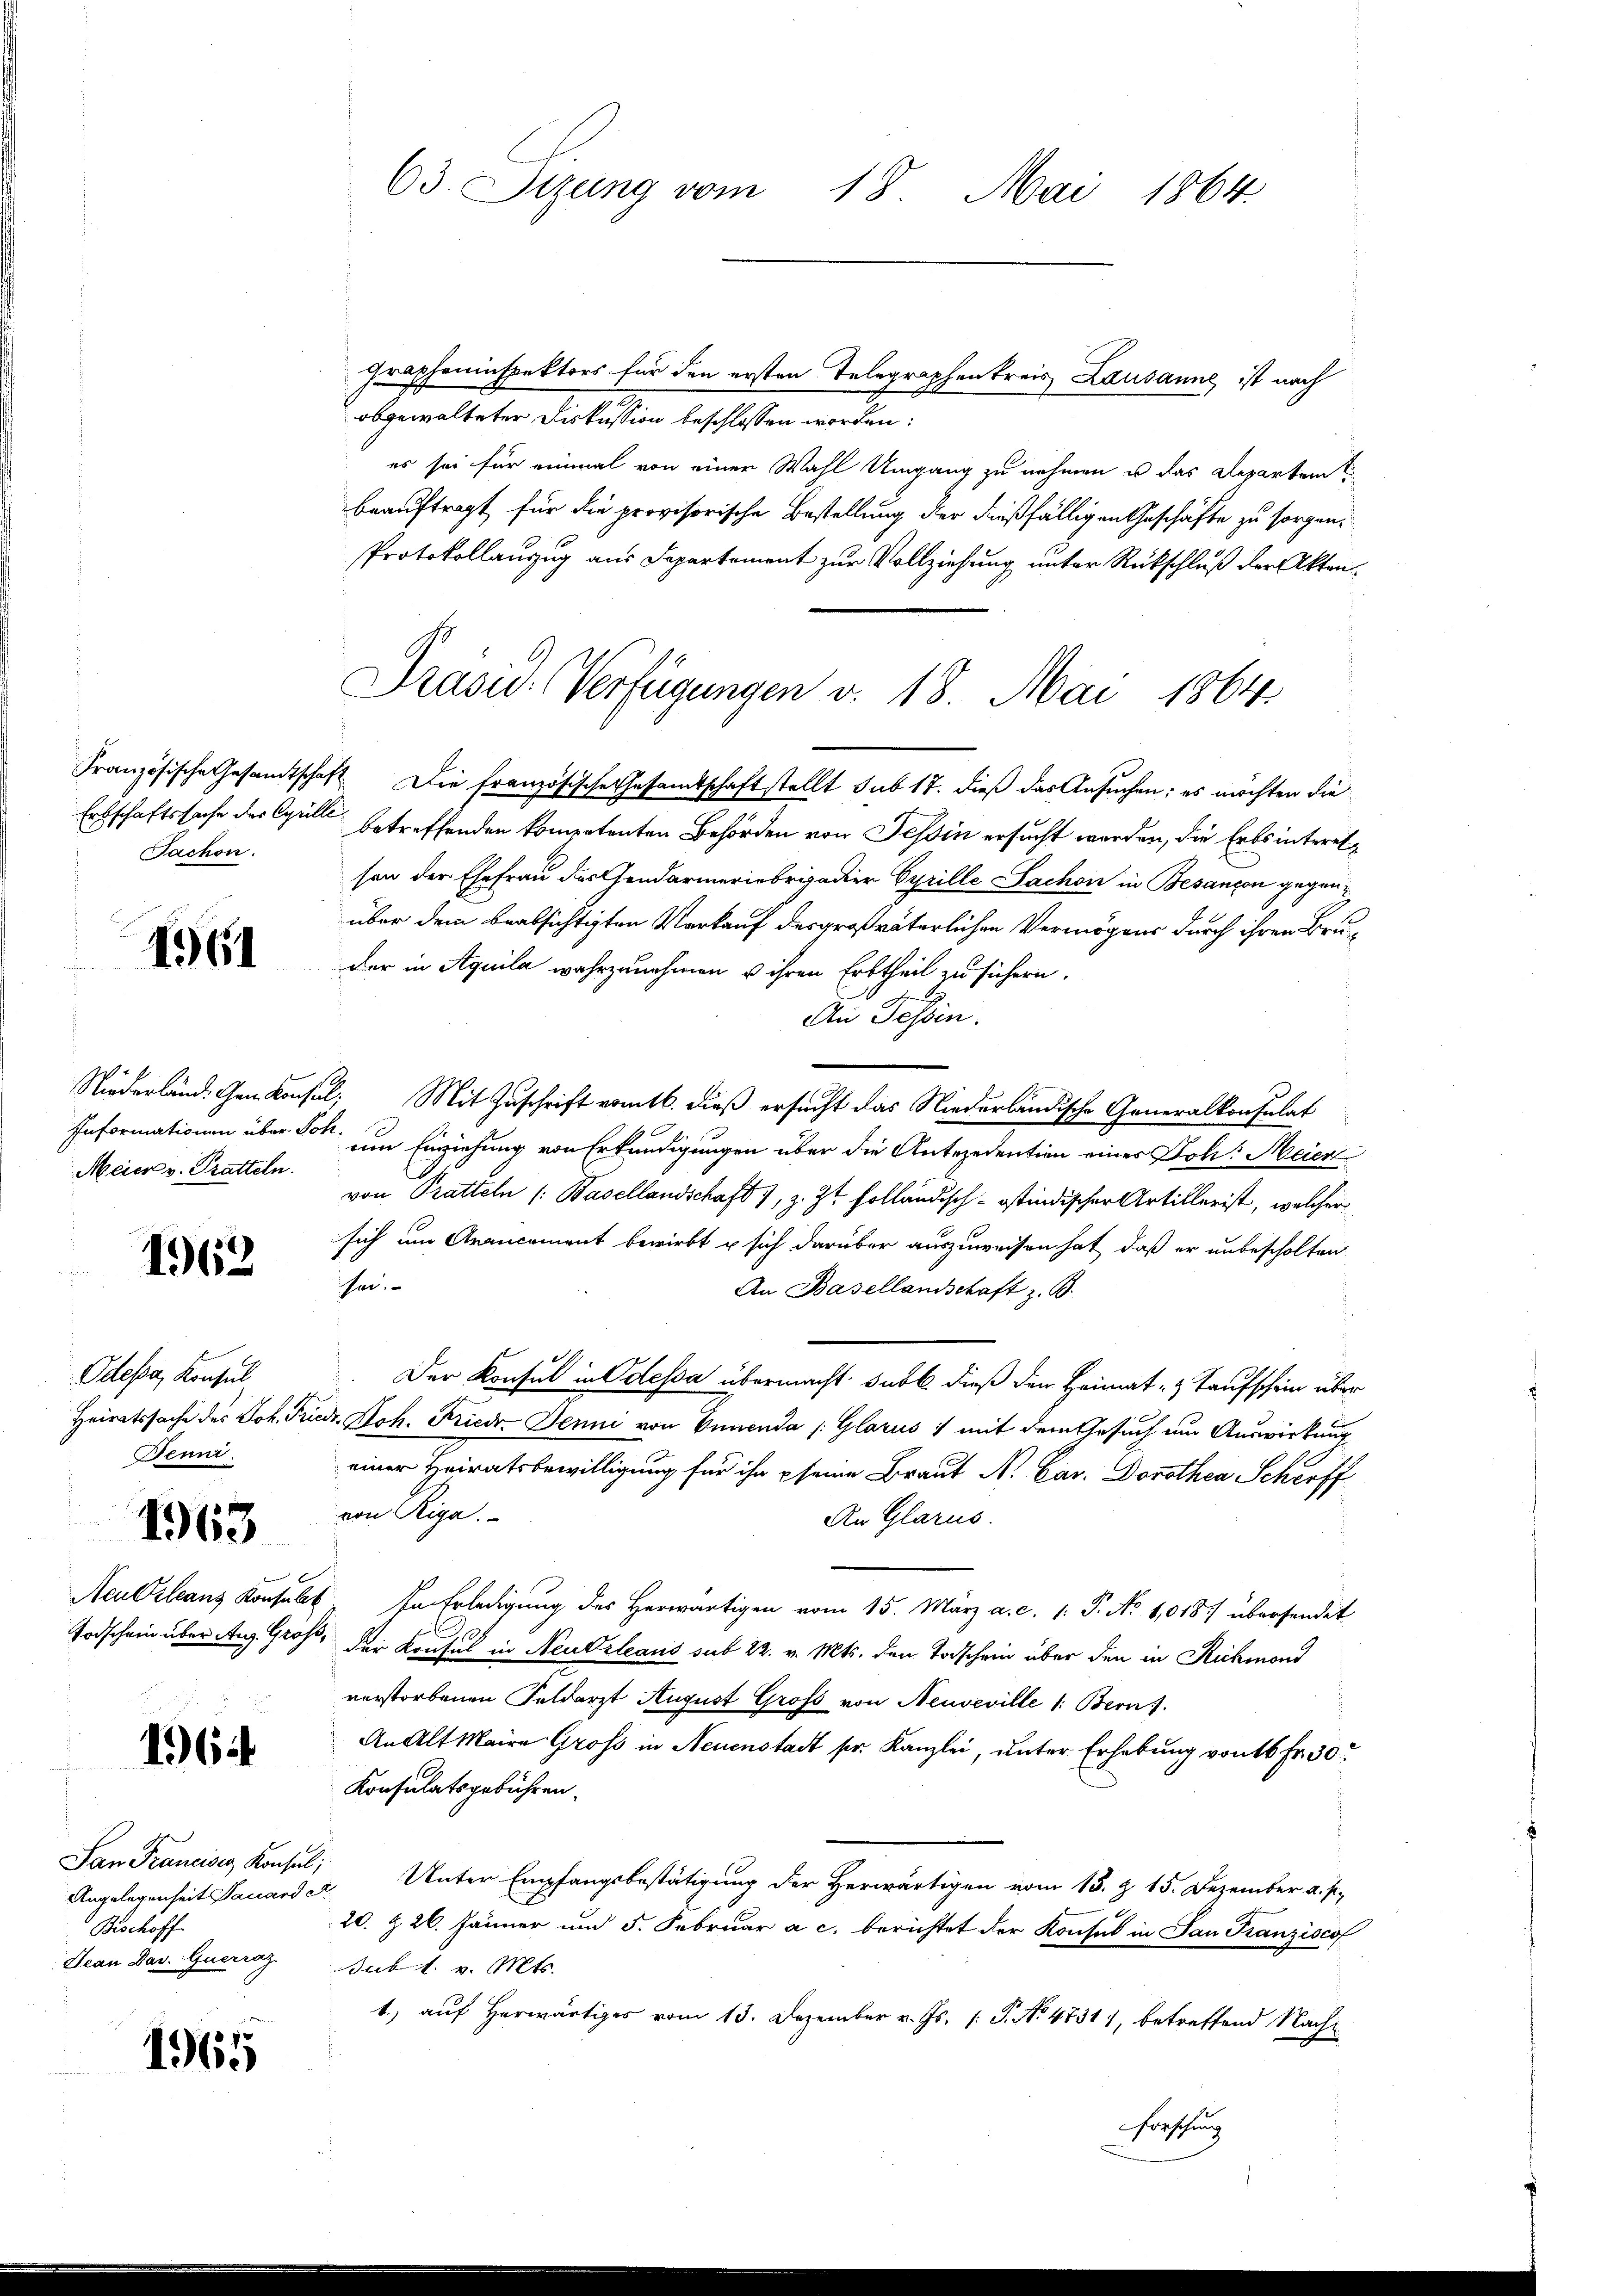
Tachon.

1.64

Meier v. Pratteln.

1962

Odepa, Konsul
Benni.

1963

1964

Angelegenheit Pauard e
Bischoff
Jean Dav. Querraz

1965

Grapheninspektors für den ersten Telegraphen kreis Lausanne, ist nach
obgewalteter Diskussion beschlossen worden:
es sei für einmal von einer Wahl Umgang zu nehmen u das Departem t
beauftragt für die provisorische Bestellung der dießfälligen Geschäfte zu sorgen,
Protokollauszug aus Separtement zur Vollziehung unter Rückschluß der Akten¬
Französische Gesandtschaft. Die französische Gesamtschaftstellt sub 17. dieß das Ansuchen: es möchten die
Erbschaftssache der Cyrille betreffenden kompetenten Behörden von Tessin ersucht worden, die Erbsinteresson der Ehefrau des Gendarmeriebrigadier Cyrille Sachon in Besançon gegenüber dem beabsichtigten Vorkauf des großväterlichen Vermögens durch ihren Bru¬
Der in Aquila wahrzunehmen u ihren Erbtheil zu sichern.
An Tessin.
Niederländ. Gen. Konsul, Mit Zuschrift vom 16. dieß ersucht das Niederländische Generalkonsulat
Informationen über vor. Im Einziehung von Erkundigungen über die Antezedention eines Joh: Meiert
von Pratteln /: Basellandschaft 1, z. Zt. folländisch-Ostindischer Artillerist, welcher
sich um Arancement bewirkt u sich darüber auszuweisen hat, daß er unbescholten
her:
An Basellandschaft z. B.
Der Konsul in Odessa übermacht subt. dieß den Heimat- & Taufschein über
Heiratssache des Joh. Friedr. Koh. Friedr Jenni von Ennenda /: Glarus 1 mit dem Gesuch um Auswirkung
einer Heiratsbewilligung für ihn seine Braut N. Car. Dorothea Schroff
von Riga.
An Glarus.
Neu Orleans Konsult. In Erledigung des Herwärtigen vom 15. März a. c. 1. P. No 1018 übersendet
Todschein über Aug. Groß, der Konsul in Neudrleans sub 22. v. Mts. den Todschein über den in Richmond
verstorbenen Feldarzt August Groß von Neuveville 1: Bern).
An Alt Maire Groß in Neuenstadt pr. Kanzlei, unter Erhebung von 16 Fr. 30.
Konsulatsgebühren.
San Francisig Konsul, Unter Empfangsbestätigung der Herwärtigen vom 13. d. 15. Dezember a. p.,
20. Z. 26. Jänner und 5. Februar a. c. berichtet der Konsul in San Franziscof
Subt. v. Mts.
1.) auf Herwärtiges vom 13. Dezember v. Js. 1. P. No 4731), betreffend Nach¬
Forschung

63. Sizung vom 18. Mai 1864.

Präsid. Verfügungen v. 18. Mai 1864.